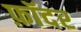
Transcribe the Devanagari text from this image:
फ़ॉदर